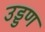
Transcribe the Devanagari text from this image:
उड्डण